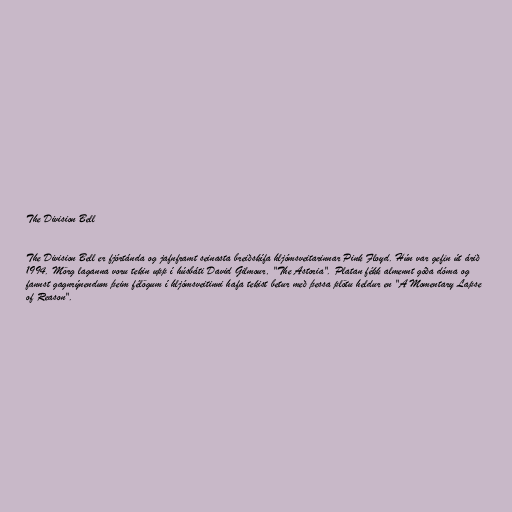
The Division Bell

The Division Bell er fjórtánda og jafnframt seinasta breiðskífa hljómsveitarinnar Pink Floyd. Hún var gefin út árið
1994. Mörg laganna voru tekin upp í húsbáti David Gilmour, "The Astoria". Platan fékk almennt góða dóma og
fannst gagnrýnendum þeim félögum í hljómsveitinni hafa tekist betur með þessa plötu heldur en "A Momentary Lapse
of Reason".